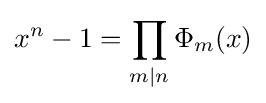
x^{n}-1=\prod _{m\mid n}\Phi _{m}(x)